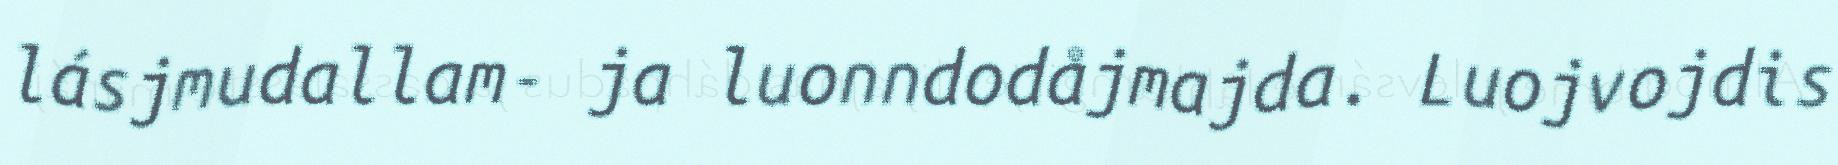
lásjmudallam- ja luonndodåjmajda. Luojvojdis